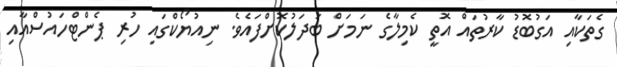
ގެތަކާއި އަގުބޮޑު ކާރުތައް އޮތީ ކެމިލާގެ ނަމަށް ބަދަލުކޮށްފައެވެ. ނިއުޔޯކްގައި ހުރި ޕެންޓްހައުސްއާއި